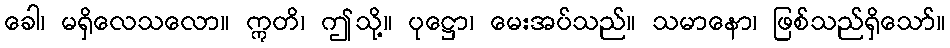
ခေါ၊ မရှိလေသလော။ ဣတိ၊ ဤသို့။ ပုဋ္ဌော၊ မေးအပ်သည်။ သမာနော၊ ဖြစ်သည်ရှိသော်။